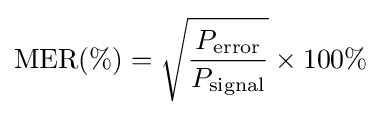
\mathrm {MER(\%)} ={\sqrt {P_{\mathrm {error} } \over P_{\mathrm {signal} }}}\times 100\%